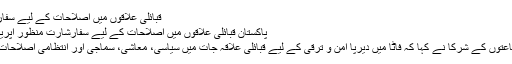
قبائلی علاقوں میں اصلاحات کے لیے سفارشارت منظور
پاکستان قبائلی علاقوں میں اصلاحات کے لیے سفارشارت منظور اپریل 23, 2014
دس سیاسی جماعتوں کے شرکا نے کہا کہ فاٹا میں دیرپا امن و ترقی کے لیے قبائلی علاقہ جات میں سیاسی، معاشی، سماجی اور انتظامی اصلاحات ضروری ہیں۔